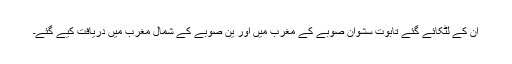
ان کے لٹکائے گئے تابوت سشوان صوبے کے مغرب میں اور ین صوبے کے شمال مغرب میں دریافت کیے گئے۔